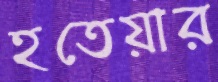
হতেয়ার